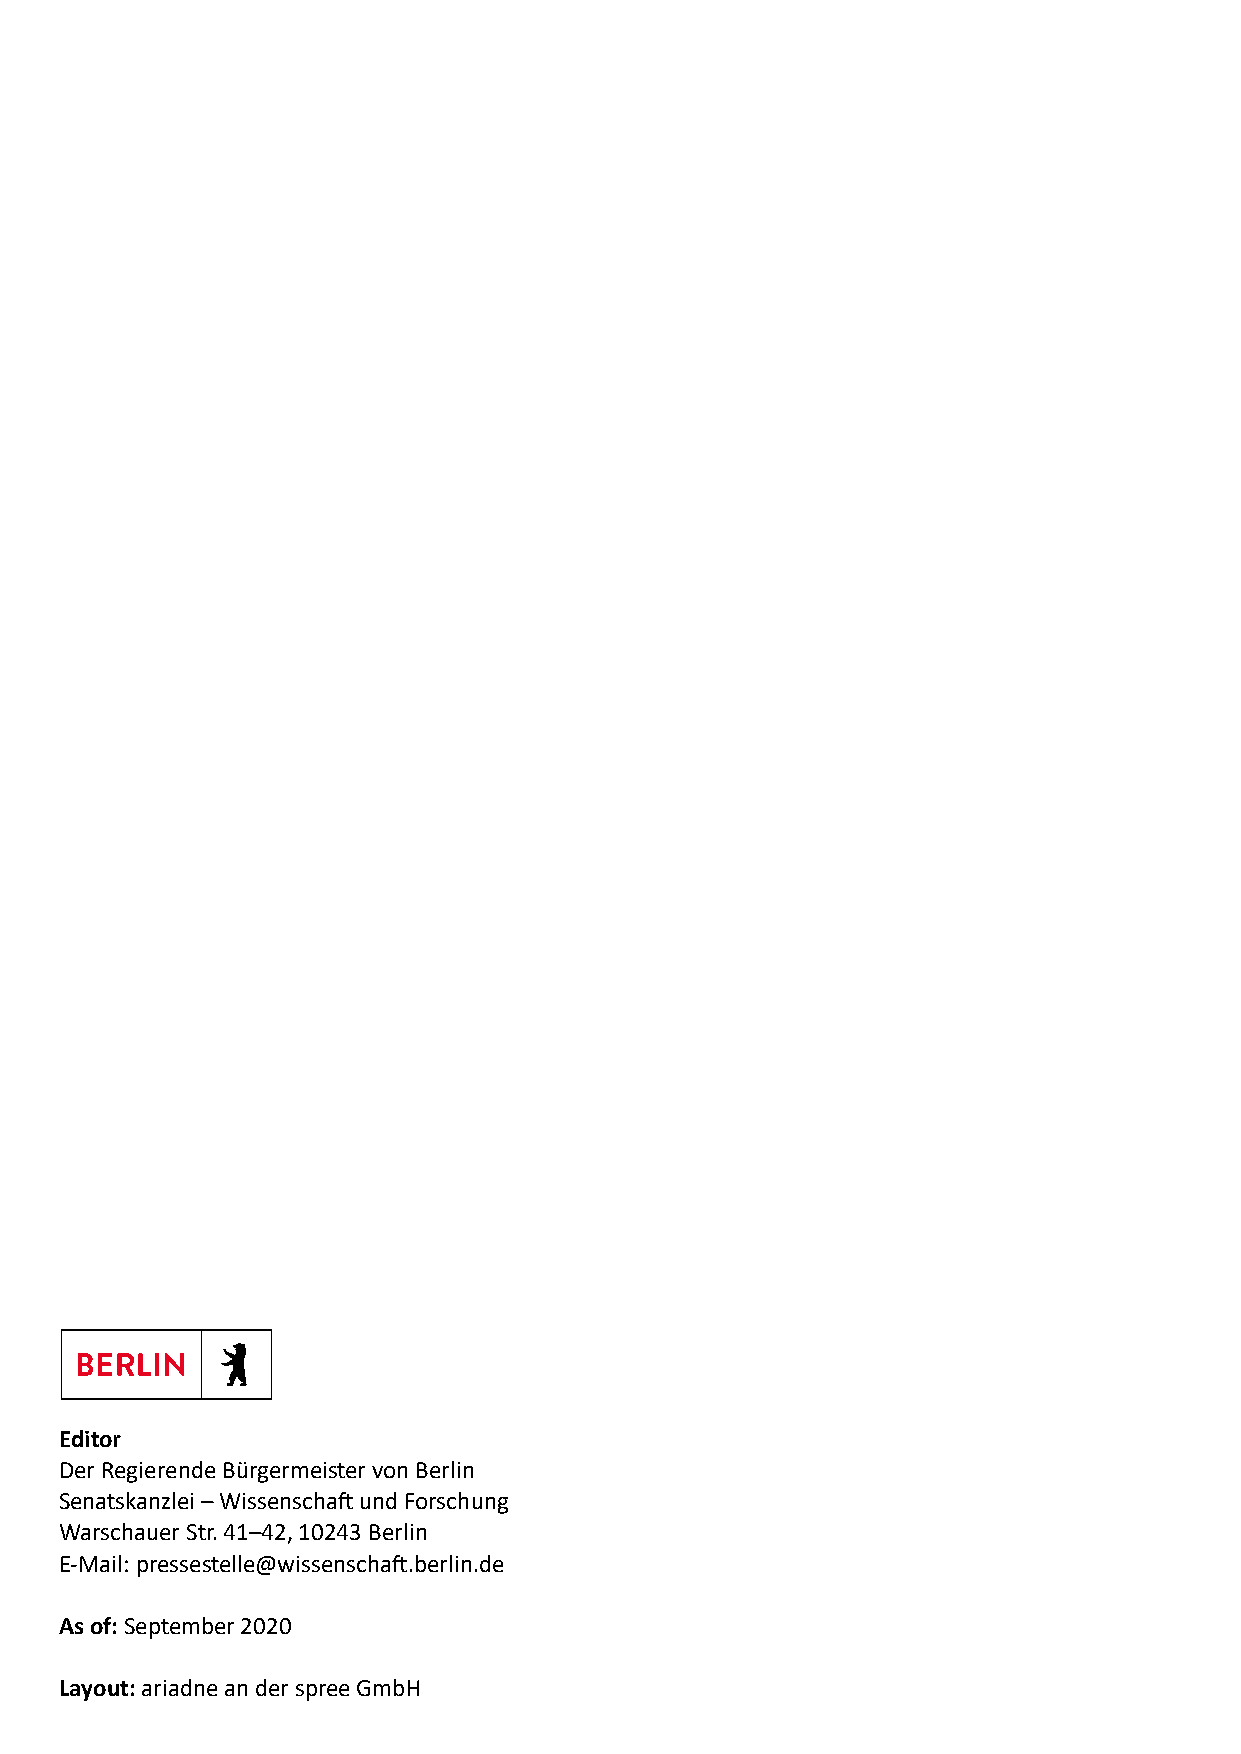
Konferenz der
 Regierungschefinnen und
 Regierungschefs der Länder
 2020/2021
 Berlin
 Editor
 Der Regierende Bürgermeister von Berlin
 Senatskanzlei – Wissenschaft und Forschung
 Warschauer Str. 41–42, 10243 Berlin
 E-Mail: pressestelle@wissenschaft.berlin.de
 As of: September 2020
 Layout: ariadne an der spree GmbH